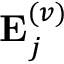
{ \bf E } _ { j } ^ { ( v ) }